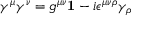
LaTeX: \gamma ^ { \mu } \gamma ^ { \nu } = g ^ { \mu \nu } { \bf 1 } - i \epsilon ^ { \mu \nu \rho } \gamma _ { \rho }